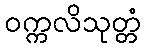
ဝက္ကလိသုတ္တံ